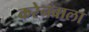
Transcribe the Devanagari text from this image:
करेनवाला